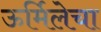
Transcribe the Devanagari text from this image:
ऊर्मिलेचा